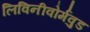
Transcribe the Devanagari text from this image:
लिविनीवोर्मवुड